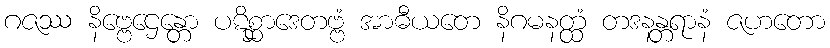
ဂဇဿ နိဗ္ဗေဌေန္တော ပဋိစ္ဆာဒေတဗ္ဗံ အာဓီယတေ နိဂမနတ္ထံ တဒနန္တရာနံ ဇဟတော